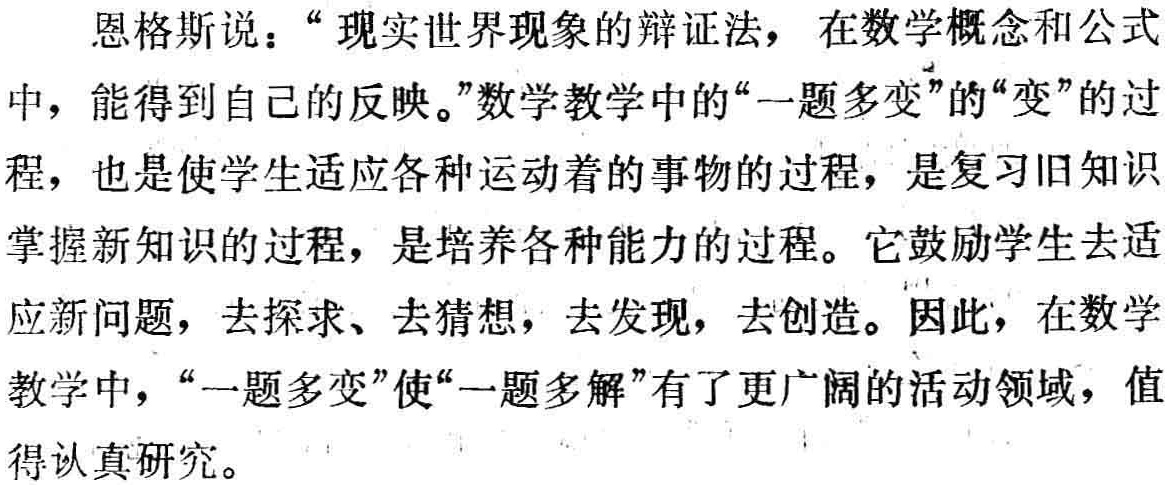
恩格斯说：“现实世界现象的辩证法，在数学概念和公式中，能得到自己的反映。”数学教学中的“一题多变”的“变”的过程，也是使学生适应各种运动着的事物的过程，是复习旧知识掌握新知识的过程，是培养各种能力的过程。它鼓励学生去适应新问题，去探求、去猜想，去发现，去创造。因此，在数学教学中，“一题多变”使“一题多解”有了更广阔的活动领域，值得认真研究。